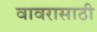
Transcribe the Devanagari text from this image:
वावरासाठी